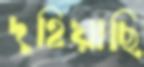
দুহিয়াছি